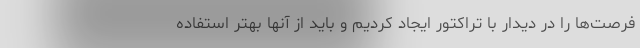
فرصت‌ها را در دیدار با تراکتور ایجاد کردیم و باید از آنها بهتر استفاده